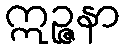
ဣဉ္ဇနာ